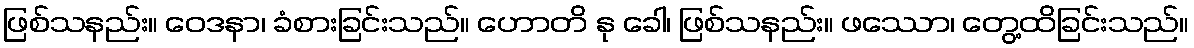
ဖြစ်သနည်း။ ဝေဒနာ၊ ခံစားခြင်းသည်။ ဟောတိ နု ခေါ၊ ဖြစ်သနည်း။ ဖဿော၊ တွေ့ထိခြင်းသည်။